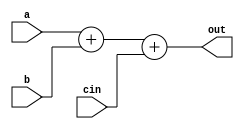
//PARAMETERS ARE DEPENDENT ON ALL THE SUPPORTING TEST BENCHES
// AND MODULE FILES CHANGING PARAMS IN ONLY 1FILE WILL CREATE PROBLEMS


//The following is an alu.  
//It is an adder, but capable of subtraction:
//Subtraction means adding the two's complement--
//a - b = a + (-b) = a + (inverted b + 1)
//The 1 will be coming in as cin (carry-in)
module multALU(out, a, b, cin);

parameter MBITS = 16 ;

output [MBITS-1:0] out;
input [MBITS-1:0] a;
input [MBITS-1:0] b;
input cin;

assign out = a + b + cin;

endmodule